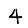
Digit: 4